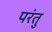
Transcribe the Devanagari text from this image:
परंतु